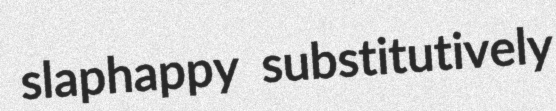
slaphappy substitutively